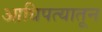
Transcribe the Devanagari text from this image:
आधिपत्यातून